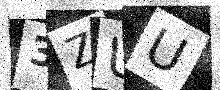
Text: 3ZUU